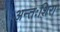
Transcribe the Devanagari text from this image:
अन्तःशिरा